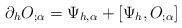
LaTeX: \begin{align*}\partial_h O_{;\alpha} = \Psi_{h,\alpha} + [\Psi_{h}, O_{;\alpha}]\end{align*}